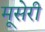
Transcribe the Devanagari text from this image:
मूसेरी